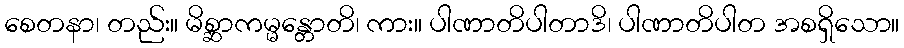
စေတနာ၊ တည်း။ မိစ္ဆာကမ္မန္တောတိ၊ ကား။ ပါဏာတိပါတာဒိ၊ ပါဏာတိပါတ အစရှိသော။